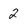
Character: 2